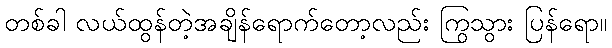
တစ်ခါ လယ်ထွန်တဲ့အချိန်ရောက်တော့လည်း ကြွသွား ပြန်ရော။